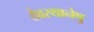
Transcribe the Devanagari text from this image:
देवस्थानेषु